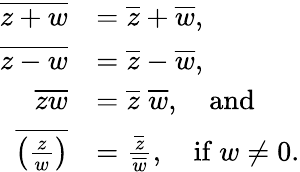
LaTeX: {\begin{array}{rl}{{\overline{{z+w}}}}&{={\overline{{z}}}+{\overline{{w}}},}\\ {{\overline{{z-w}}}}&{={\overline{{z}}}-{\overline{{w}}},}\\ {{\overline{{zw}}}}&{={\overline{{z}}}\; {\overline{{w}}},\quad{\mathrm{and}}}\\ {{\overline{{\left({\frac{z}{w}}\right)}}}}&{={\frac{\overline{{z}}}{\overline{{w}}}},\quad{\mathrm{if~}}w\neq 0.}\end{array}}